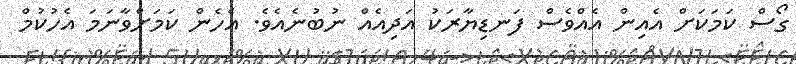
ގޯސް ކަމަކަށް އެއިން އެއްވެސް ފަނޑިޔާރަކު އަދިއެއް ނުބުނެއެވެ. އެހެން ކަމަށްވާނަމަ އެހުކުމް